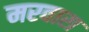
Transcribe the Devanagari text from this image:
मरवारा